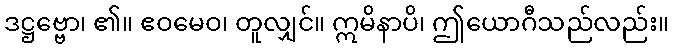
ဒဋ္ဌဗ္ဗော၊ ၏။ ဧဝမေဝ၊ တူလျှင်။ ဣမိနာပိ၊ ဤယောဂီသည်လည်း။